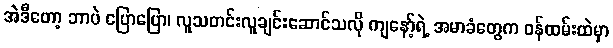
အဲဒီတော့ ဘာပဲ ပြောပြော၊ လူသတင်းလူချင်းဆောင်သလို ကျနော့်ရဲ့ အမာခံတွေက ဝန်ထမ်းထဲမှာ